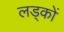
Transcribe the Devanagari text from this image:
लड्कों